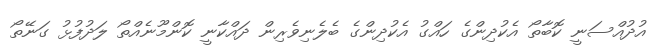
އުދުއްސަނީ ކޮބާތޯ އެކުދިންގެ ހައްގު އެކުދިންގެ ބެލެނިވެރިން ދައްކާނީ ކޮންމޫނެއްތޯ ލަދުފުޅު ގަނޭތޯ